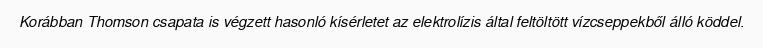
Korábban Thomson csapata is végzett hasonló kísérletet az elektrolízis által feltöltött vízcseppekből álló köddel.